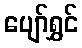
ပျော်ရွှင်